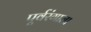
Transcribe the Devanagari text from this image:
पूर्वरंगाला